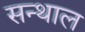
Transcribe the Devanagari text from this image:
सन्थाल